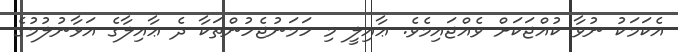
އެކަމަކު ނުވާ ކުއްޖަކަށް ވެއްޖައިމެވެ. ޢާއިލީ މި ހަމަނުޖެހުންތަކާ ދެ ޢާއިލާގެ އަޅާނުލުމުގެ